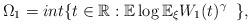
LaTeX: \begin{align*}\Omega_1=int\{t\in\mathbb R: \mathbb E\log \mathbb E_\xi W_1(t)^\gamma \;\; \},\end{align*}